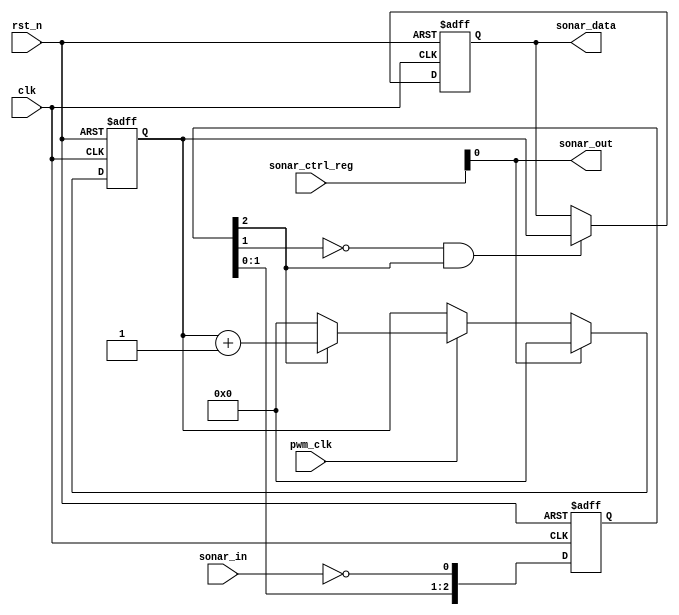
/***************************************************************************************************************
--Module Name:  sonar_ctrl
--Author     :  Jin
--Description:  enable sonar ranging when necessary
                read sonar ranging data(PWM pulse)
--History    :  2015-04-18  Created by Jin.                          

***************************************************************************************************************/
`timescale 1ns/100ps

module sonar_ctrl
(  input  wire       clk  ,
   input  wire       rst_n,
	input  wire       pwm_clk,        // 1MHz clock to sample pwm pulse
	
	input  wire [1:0] sonar_ctrl_reg, // sonar mode selection
	output reg  [15:0]sonar_data   ,  // sonar PWM pulse width(us)
	
	output  wire      sonar_out ,     // sonar enable:low level stop sonar ranging
	input wire        sonar_in        // sonar PWM pulse output
);
//-------------------------------------------------------------------------------------------------------------
  reg  [2:0]    sonar_in_buf;
  reg  [15:0]   sample_cnt  ;
  wire          negedge_sonar_in;
//-------------------------------------------------------------------------------------------------------------
  always @ (posedge clk or negedge rst_n)
    if(!rst_n)
	    sonar_in_buf <= 3'b000;
	 else
	    sonar_in_buf <= {sonar_in_buf[1:0],~sonar_in};//pwm signal from sonar is inverted by a mosfet
			
  assign negedge_sonar_in = (~sonar_in_buf[1])&sonar_in_buf[2];
//-------------------------------------------------------------------------------------------------------------  
    /* sampling sonar pwm pulse at 1us resolution */
	 
  always @ (posedge clk or negedge rst_n)
    if(!rst_n )
	    sample_cnt <= 16'd0;
	 else if (sonar_ctrl_reg[0])
	    sample_cnt <= 16'd0;
	 else if(pwm_clk)  
	    begin
	      if(sonar_in_buf[2])
	        sample_cnt <= sample_cnt + 16'd1;
			else
			  sample_cnt <= 16'd0;
		 end
//------------------------------------------------------------------------------------------------------------- 
	always @ (posedge clk or negedge rst_n)
	  if(!rst_n)
	     sonar_data <= 16'd0;
	  else if(negedge_sonar_in)  //load pwm pulse width at falling edge
	     sonar_data <= sample_cnt;
//-------------------------------------------------------------------------------------------------------------
  assign sonar_out = sonar_ctrl_reg[0];

endmodule